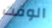
الوقت